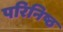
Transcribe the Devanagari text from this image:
परिनिष्ठ